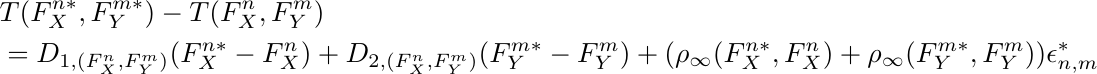
\begin{align*}
    &T(F^{n\ast}_X, F^{m\ast}_Y) - T(F^{n}_X, F^{m}_Y) \\&= D_{1,(F^n_X, F^m_Y)}(F_X^{n\ast} - F^n_X) + D_{2,(F^n_X, F^m_Y)}(F_Y^{m\ast} - F^m_Y) + (\rho_\infty(F_X^{n\ast}, F^n_X) + \rho_\infty (F_Y^{m\ast}, F^m_Y))\epsilon^\ast_{n,m}
\end{align*}